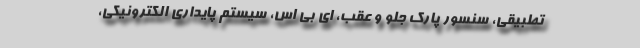
تطبیقی، سنسور پارک جلو و عقب، ای بی اس، سیستم پایداری الکترونیکی،